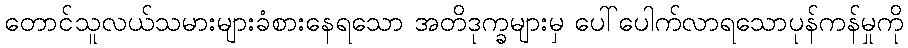
တောင်သူလယ်သမားများခံစားနေရသော အတိဒုက္ခများမှ ပေါ်ပေါက်လာရသောပုန်ကန်မှုကို